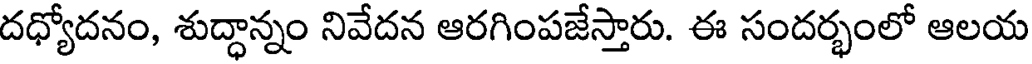
దధ్యోదనం, శుద్ధాన్నం నివేదన ఆరగింపజేస్తారు. ఈ సందర్భంలో ఆలయ